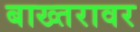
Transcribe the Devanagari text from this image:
बाख्तरावर